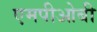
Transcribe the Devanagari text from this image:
एमपीओबी